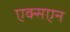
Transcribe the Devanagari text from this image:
एक्सएन